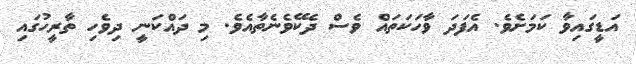
އަޑީގައިވާ ކަމަށެވެ. އެފަދަ ވާހަކަތައް ވެސް ދެކޭވެނެތާއެވެ. މި ދައްކަނީ ދިވެހި ތާރީހުގައި